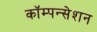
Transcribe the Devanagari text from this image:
कॉम्पन्सेशन